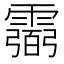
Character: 𩅭